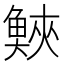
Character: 𩾉